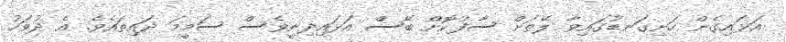
އަޅައިގެން ހަށިގަނޑުގައިވާ ލޭތަށް ސާފުކޮށް ބޭސް އަޅައިދިނީވެސް ސަމީމަ ދައިތައެވެ. އެ ދުވަހު